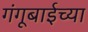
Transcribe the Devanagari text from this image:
गंगूबाईच्या